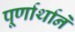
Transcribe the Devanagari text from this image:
पूर्णार्थाने